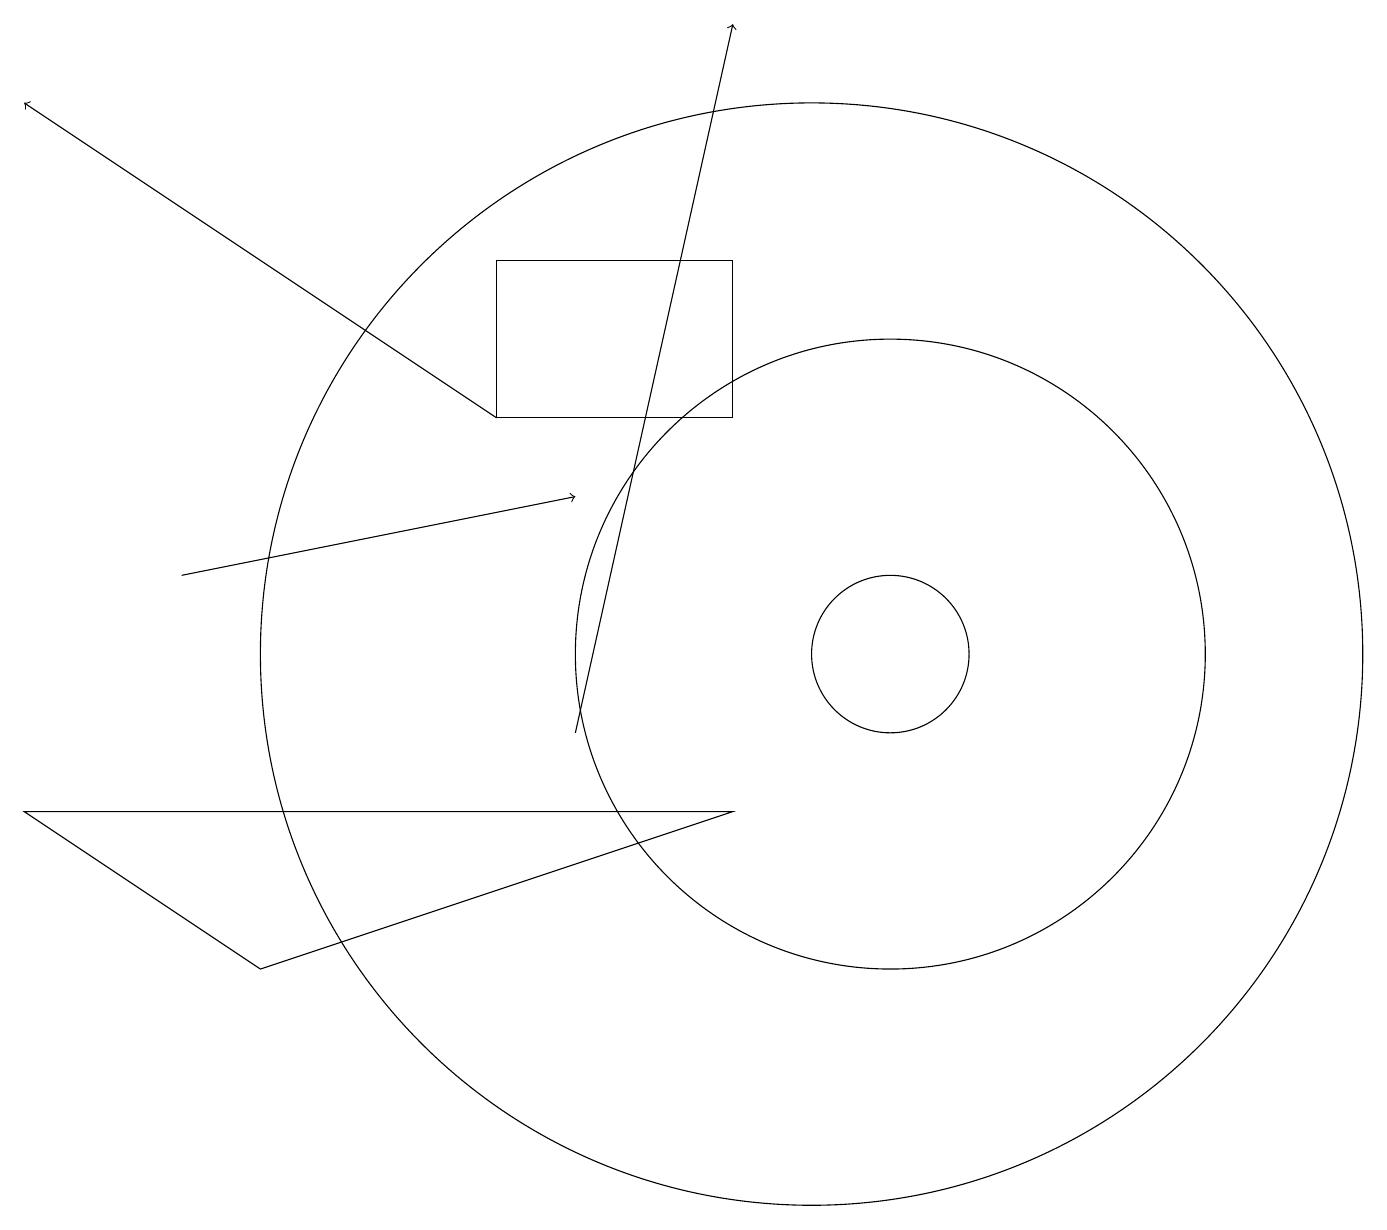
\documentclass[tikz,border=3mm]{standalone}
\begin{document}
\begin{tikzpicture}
\draw[->] (6,14) -- (0,18);
\draw[->] (7,10) -- (9,19);
\draw[->] (2,12) -- (7,13);
\draw (0,9) -- (3,7) -- (9,9) -- cycle;
\draw (11,11) circle (1);
\draw (9,14) rectangle (6,16);
\draw (11,11) circle (4);
\draw (10,11) circle (7);
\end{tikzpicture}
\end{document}